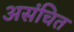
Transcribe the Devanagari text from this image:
असंचित